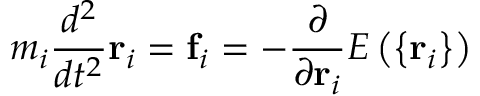
m _ { i } \frac { d ^ { 2 } } { d t ^ { 2 } } \mathbf { r } _ { i } = \mathbf { f } _ { i } = - \frac { \partial } { \partial \mathbf { r } _ { i } } E \left( \left\{ \mathbf { r } _ { i } \right\} \right)